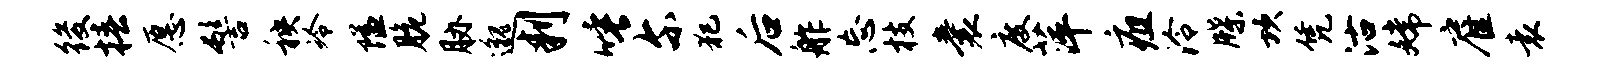
後椿愿髻秧冷隘脆胁邈判唾尔犯后舴忘枝囊度萍疽泠牒坎凭沽嫦雇袁